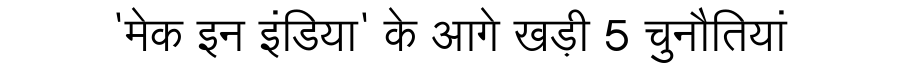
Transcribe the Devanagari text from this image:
'मेक इन इंडिया' के आगे खड़ी 5 चुनौतियां